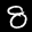
Label: 8